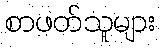
စာဖတ်သူများ